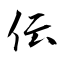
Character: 伝